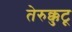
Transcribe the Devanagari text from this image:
तेरुक्कुटू